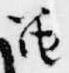
笛